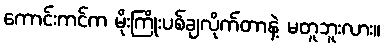
ကောင်းကင်က မိုးကြိုးပစ်ချလိုက်တာနဲ့ မတူဘူးလား။